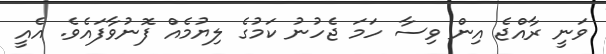
ވަނީ ރާއްޖެ އިން ވިސާ ހަމަ ޖެހުނު ކަމުގެ ލިޔުމެއް ފޮނުވާފައެވެ. އެއީ